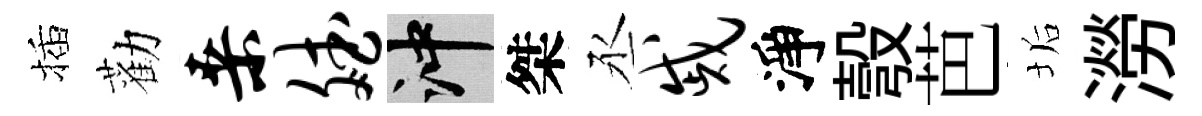
插勸桑斌冲桀丞戚淨彀芭垢澇